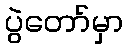
ပွဲတော်မှာ